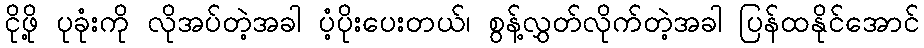
ငိုဖို့ ပုခုံးကို လိုအပ်တဲ့အခါ ပံ့ပိုးပေးတယ်၊ စွန့်လွှတ်လိုက်တဲ့အခါ ပြန်ထနိုင်အောင်